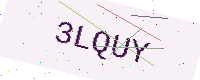
Text: 3LQUY